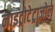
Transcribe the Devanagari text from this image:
नाइट्रोटेट्राज़ोल